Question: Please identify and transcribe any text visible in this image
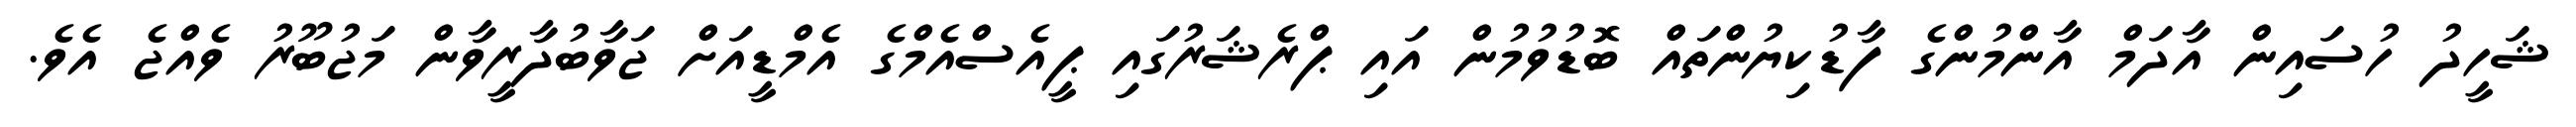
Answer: ޝަހީދު ހުސައިން އާދަމް އާންމުންގެ ފާޑުކިޔުންތައް ބޮޑުވުމުން އައި ޕްރެޝަރުގައި ޕީއެސްއެމްގެ އެމްޑީއަށް ޖަވާބުދާރީވާން މަޖުބޫރު ވެއްޖެ އެވެ.